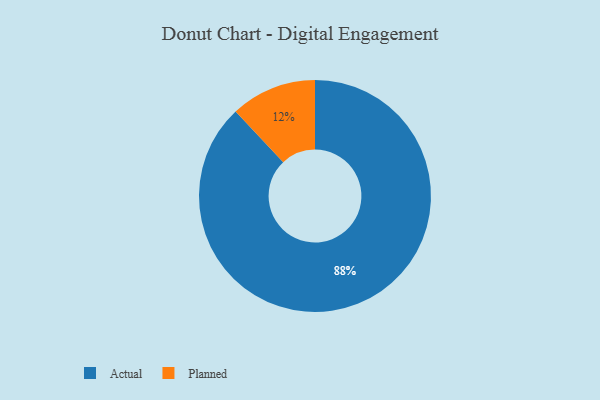
{"axis": {"x": "Category", "y": "Percentage"}, "legend": ["Actual", "Planned"], "data": [{"x": "Actual", "y": 88, "type": "Actual"}, {"x": "Planned", "y": 12, "type": "Planned"}]}